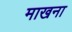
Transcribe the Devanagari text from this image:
माखना